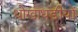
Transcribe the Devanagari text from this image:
धोखाधड़ीयों